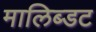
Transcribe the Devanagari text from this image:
मालिब्डट